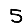
Digit: 5